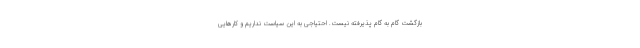
بازگشت گام به گام پذیرفته نیست. احتیاجی به این سیاست نداریم و کارهایی